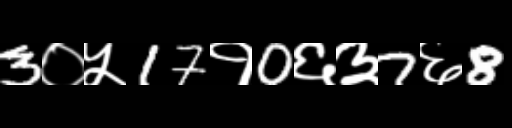
Text: 3०५17१0६३7६8